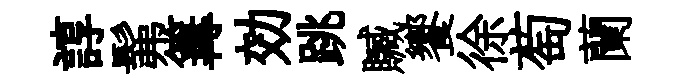
諄髴篝効跳贓饗徐萄蘭